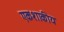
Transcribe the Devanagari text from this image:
एकशाकीय